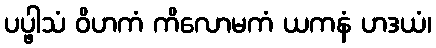
ပပ္ဖါသံ ဝိဟကံ ကိလောမကံ ယကနံ ဟဒယံ၊